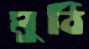
মুঠি